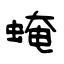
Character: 𧌄